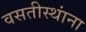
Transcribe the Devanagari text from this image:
वसतीस्थांना